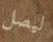
ليصل